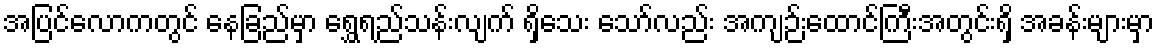
အပြင်လောကတွင် နေခြည်မှာ ရွှေရည်သန်းလျက် ရှိသေး သော်လည်း အကျဉ်းထောင်ကြီးအတွင်းရှိ အခန်းများမှာ